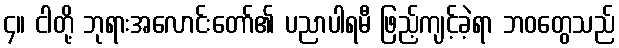
၄။ ငါတို့ ဘုရားအလောင်းတော်၏ ပညာပါရမီ ဖြည့်ကျင့်ခဲ့ရာ ဘဝတွေသည်